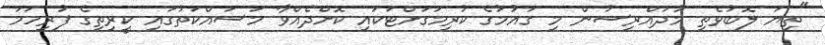
"ތިޔަ ލޮބުވެތި މުދައްރިސުން މި ގައުމުގެ ކުރިމަގަށްޓަކައި ކޮށްދެއްވާ މަސައްކަތުގައި ކީރިތިގެ ފުރިހަމަ